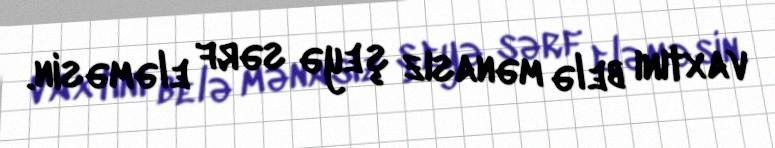
vaxtını belə mənasız şeyə sərf eləməsin.